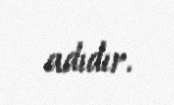
adıdır.